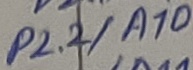
Text: P2.2/A10